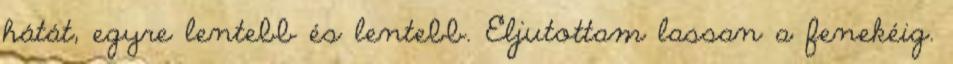
hátát, egyre lentebb és lentebb. Eljutottam lassan a fenekéig.